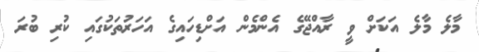
މާލެ މާލެ އަކަށް ވީ ރާއްޖޭގެ އެންމެން އަށްޑިހައިގެ އަހަރުތަކުގައި ކުރި ބުރަ